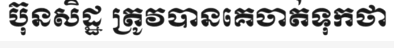
ប៊ុនសិដ្ឋ ត្រូវបានគេចាត់ទុកថា